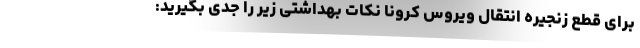
برای قطع زنجیره انتقال ویروس کرونا نکات بهداشتی زیر را جدی بگیرید: